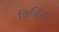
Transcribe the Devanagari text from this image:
विकिंस